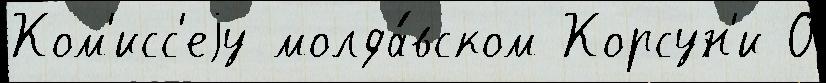
Ком'исс'еjу молда́вском Корсун'и О